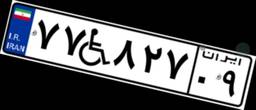
۷۷W۸۲۷۰۹